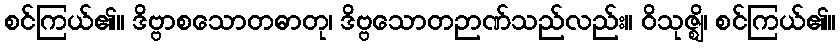
စင်ကြယ်၏။ ဒိဗ္ဗာစသောတဓာတု၊ ဒိဗ္ဗသောတဉာဏ်သည်လည်း။ ဝိသုဇ္ဈိ၊ စင်ကြယ်၏။